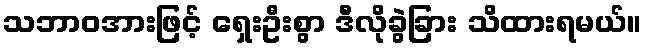
သဘာဝအားဖြင့် ရှေးဦးစွာ ဒီလိုခွဲခြား သိထားရမယ်။